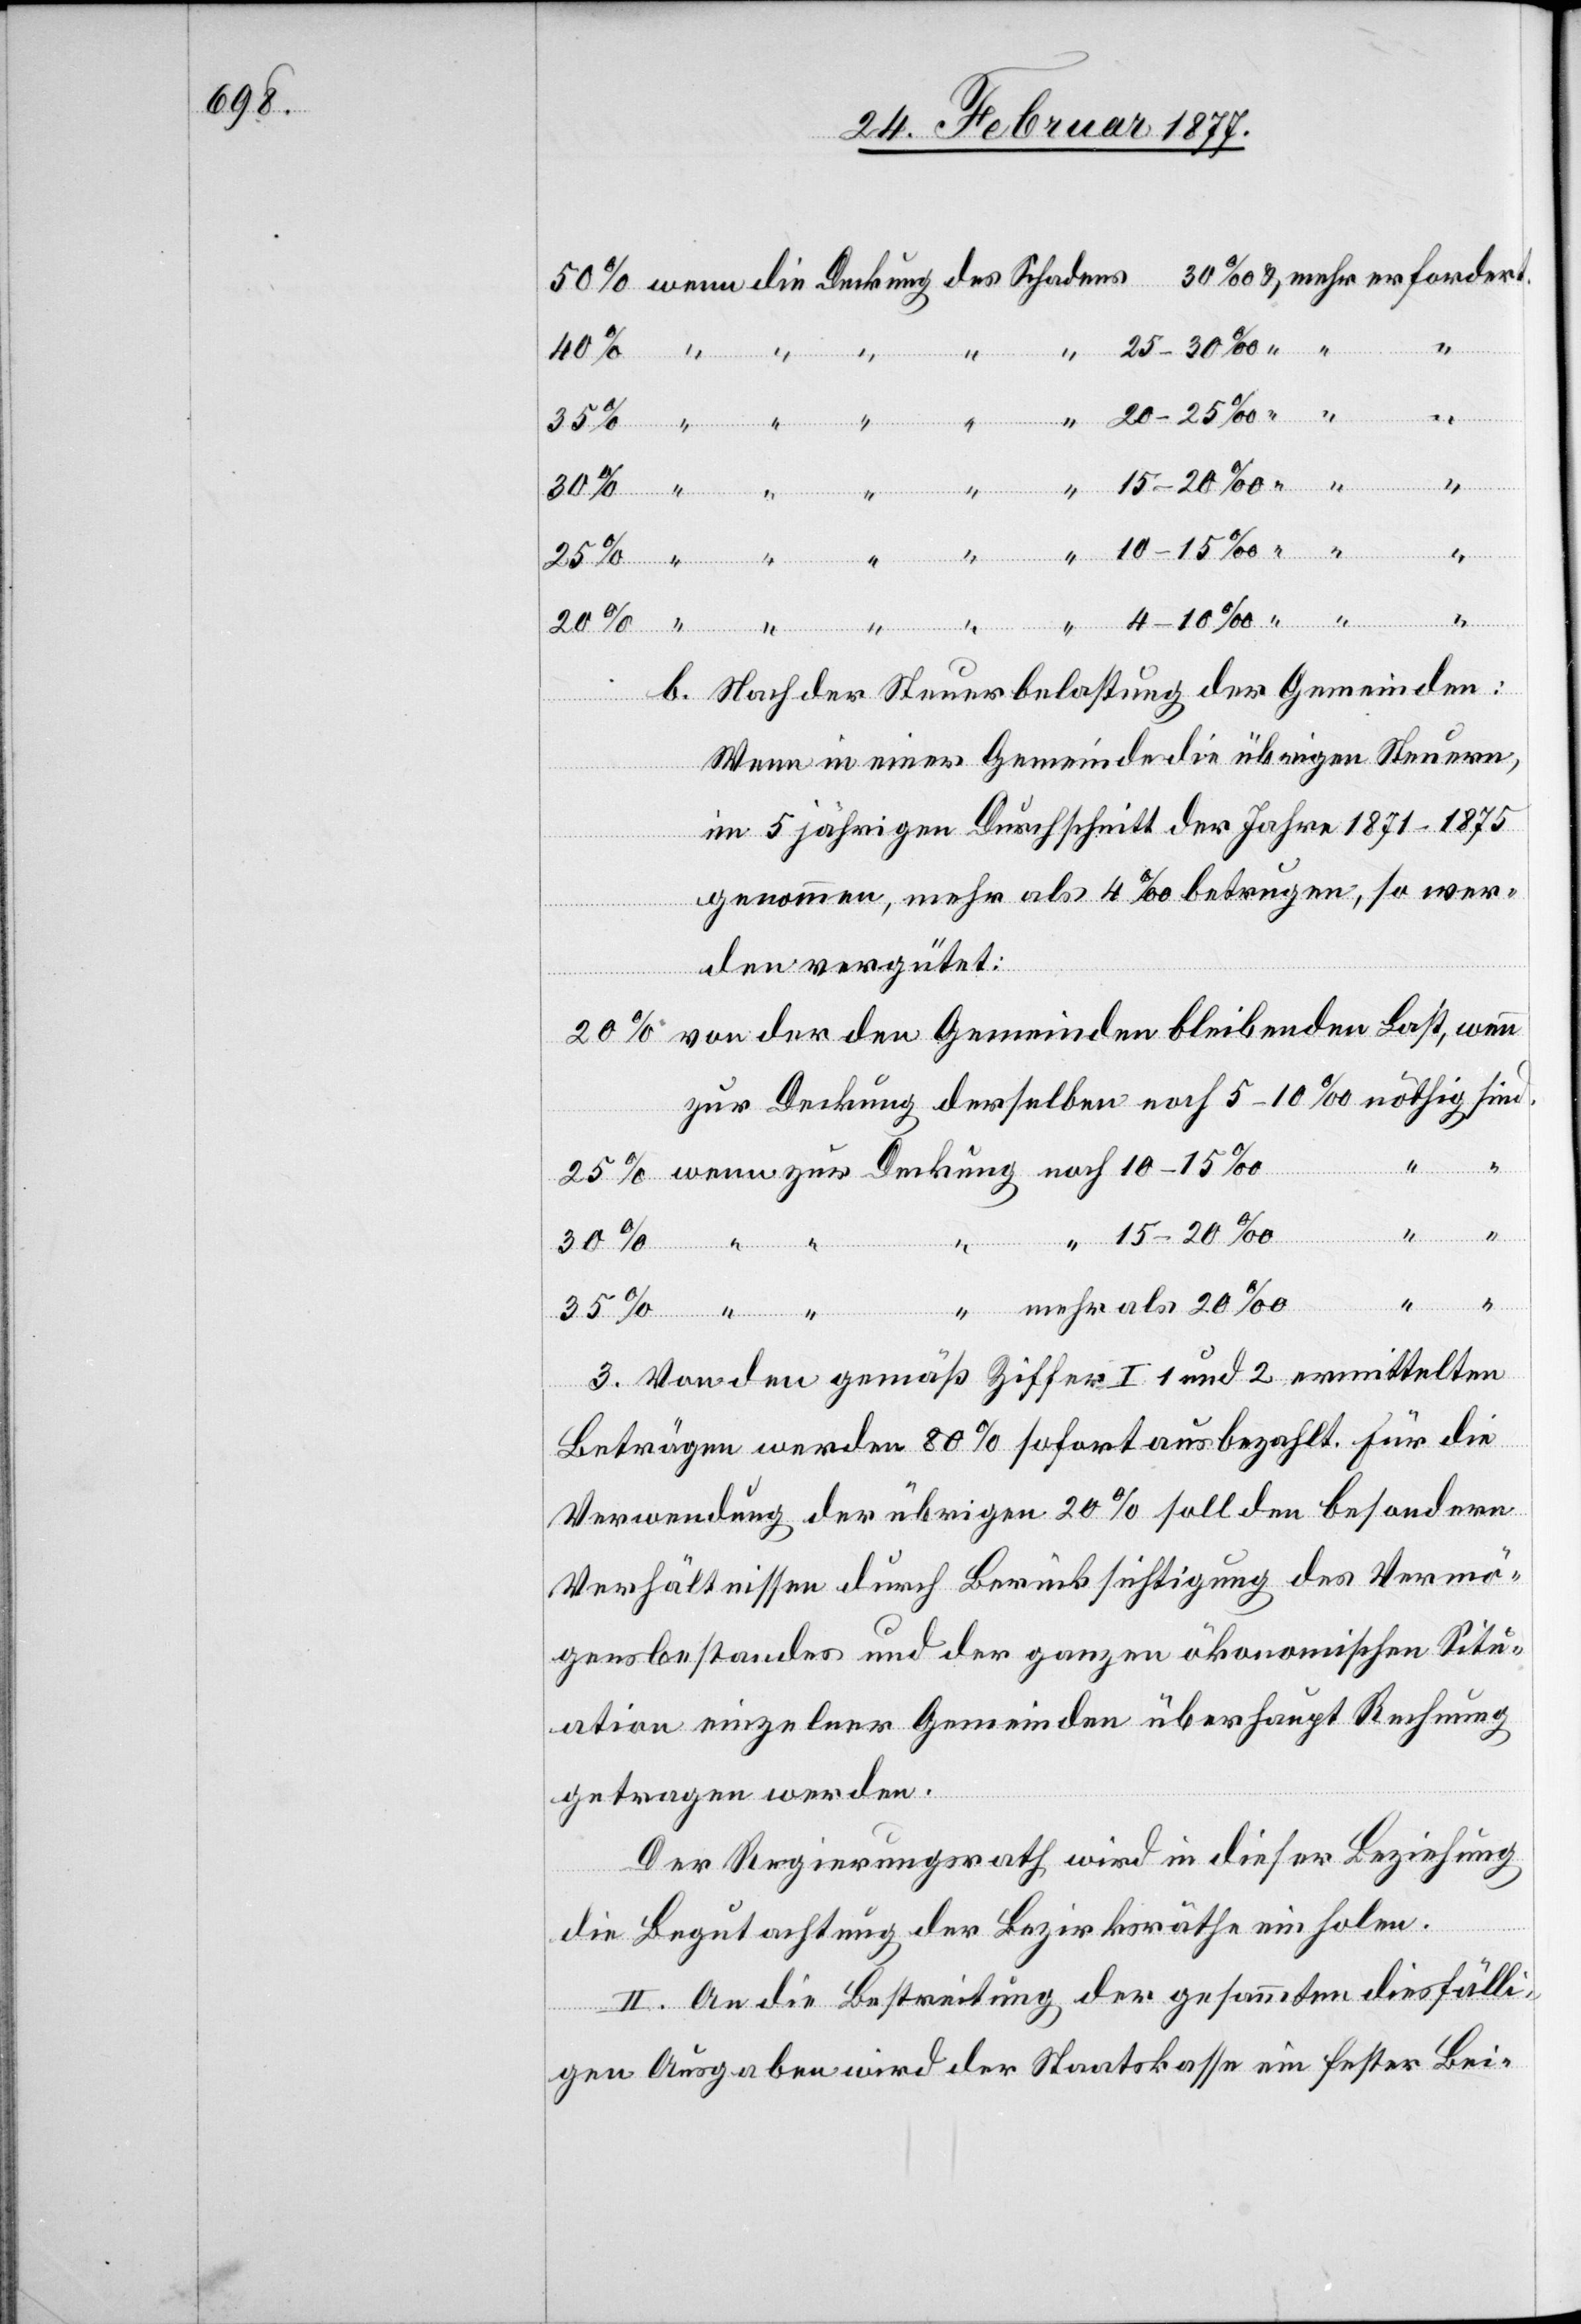
20–25‰
b. Nach der Steuerbelastung der Gemeinden:
Wenn in einer Gemeinde die übrigen Steuern,
im 5 jährigen Durchschnitt der Jahre 1871–1875
genommen, mehr als 4‰ betragen, so wer¬
den vergütet:
von der den Gemeinden bleibenden Last, wenn
mehr als
3. Von den gemäß Ziffer I 1 und 2 ermittelten
Beträgen werden 80% sofort ausbezahlt. Für die
Verwendung der übrigen 20% soll den besondern
Verhältnissen durch Berücksichtigung des Vermö¬
gensbestandes und der ganzen ökonomischen Situ¬
ation einzelner Gemeinden überhaupt Rechnung
getragen werden.
Der Regierungsrath wird in dieser Beziehung
die Begutachtung der Bezirksräthe einholen.
II. An die Bestreitung der gesammten dießfälli¬
gen Ausgaben wird der Staatskasse ein fester Bei-